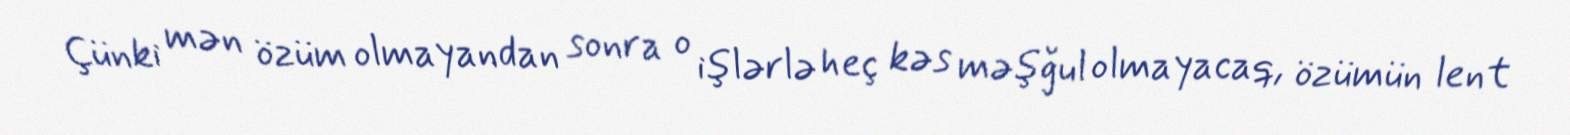
Çünki mən özüm olmayandan sonra o işlərlə heç kəs məşğul olmayacaq, özümün lent